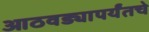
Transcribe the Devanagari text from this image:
आठवड्यापर्यंतचे